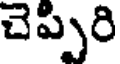
చెప్పిరి